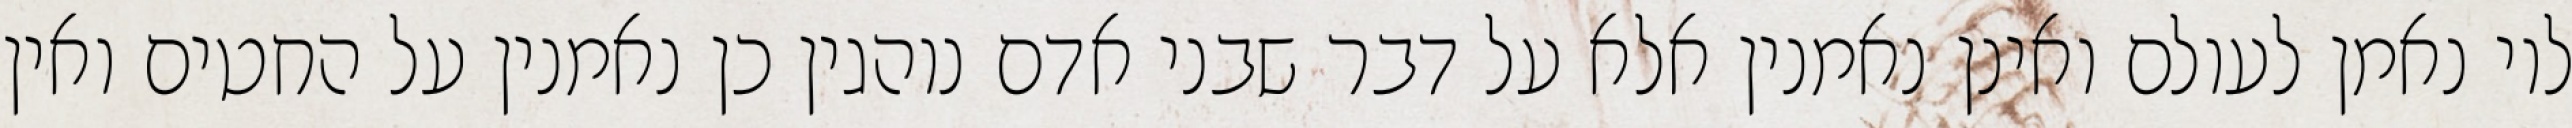
לוי נאמן לעולם ואינן נאמנין אלא על דבר שבני אדם נוהגין כן נאמנין על החטים ואין